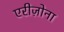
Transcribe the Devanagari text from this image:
एरीज़ोना